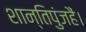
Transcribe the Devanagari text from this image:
शान्तिपुंजहैं।